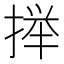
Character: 𫽥